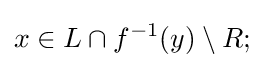
x\in L\cap f^{-1}(y)\setminus R;